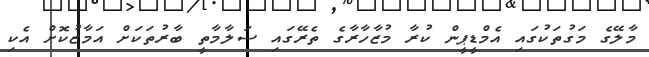
މާލޭގެ މަގުތަކުގައި އެމްޑީޕީން ކުރާ މުޒާހާރާގެ ތެރޭގައި ސަލާމާތީ ބާރުތަކަށް އަމާޒުކޮށް އެކި